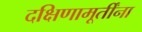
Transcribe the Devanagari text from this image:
दक्षिणामूर्तींना